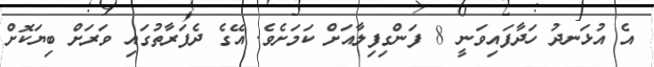
އެ އުޅަނދު ހަދާފައިވަނީ 8 ފަންގިފިލާއަށް ކަމަށެވެ. އޭގެ ދެފަރާތުގައި ވަރަށް ބިޔަކޮށް